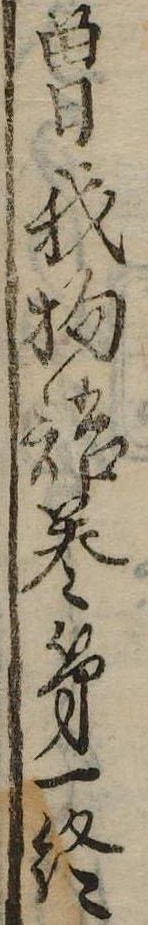
曽我物語巻第一終